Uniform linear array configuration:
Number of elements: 64
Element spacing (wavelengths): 1
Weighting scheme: kaiser
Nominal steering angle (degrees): -45
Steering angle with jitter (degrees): -43.178
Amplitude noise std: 0.05
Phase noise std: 0.05

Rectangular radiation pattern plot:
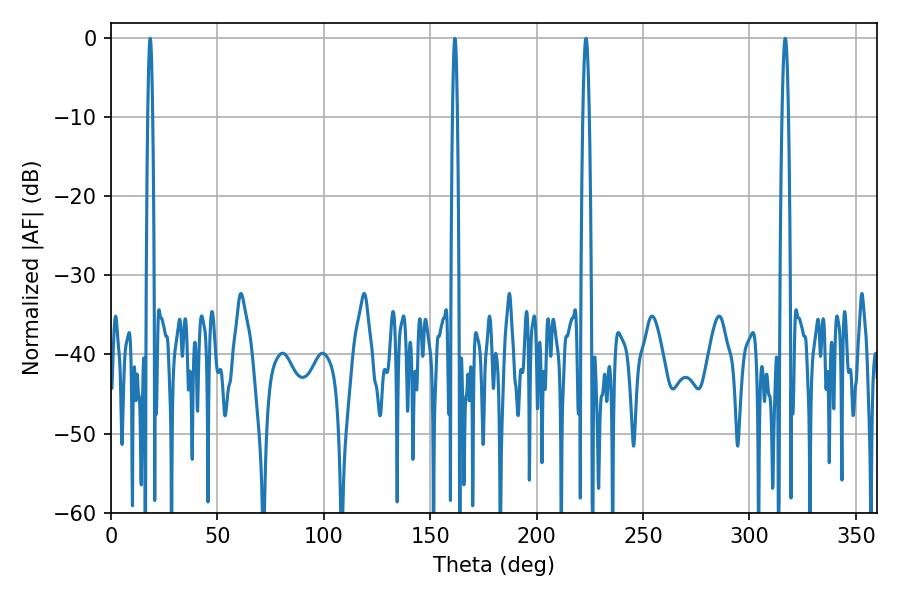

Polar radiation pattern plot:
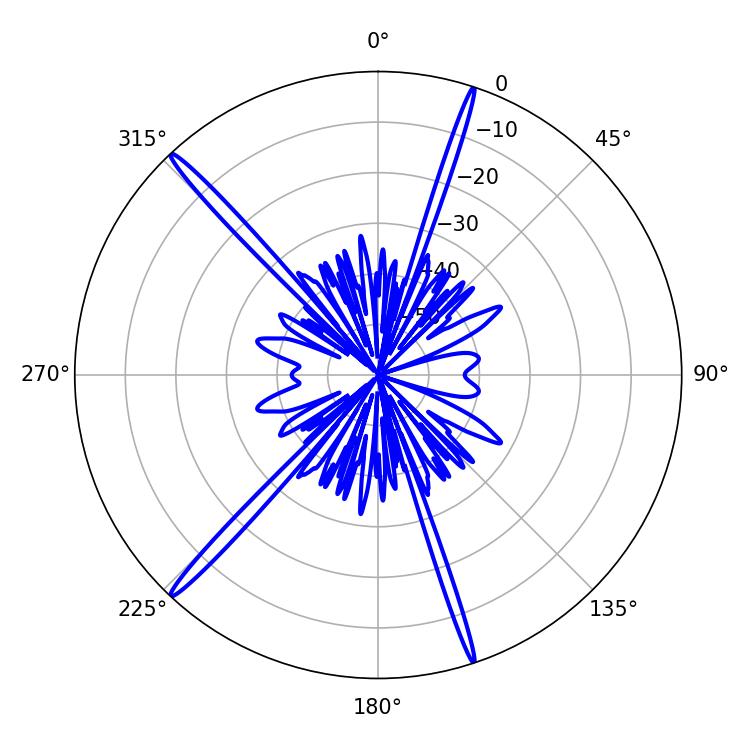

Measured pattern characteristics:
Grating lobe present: TRUE
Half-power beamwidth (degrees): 1.44
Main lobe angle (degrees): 316.8